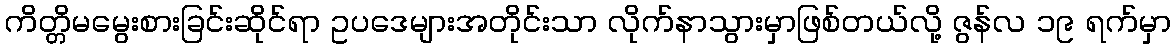
ကိတ္တိမမွေးစားခြင်းဆိုင်ရာ ဥပဒေများအတိုင်းသာ လိုက်နာသွားမှာဖြစ်တယ်လို့ ဇွန်လ ၁၉ ရက်မှာ